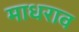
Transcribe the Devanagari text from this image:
माधराव